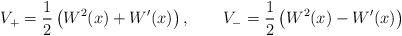
LaTeX: \begin{align*}V_{+} = {1\over 2}\left(W^{2}(x) + W'(x)\right),\qquad V_{-} = {1\over 2}\left(W^{2}(x) - W'(x)\right)\end{align*}